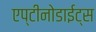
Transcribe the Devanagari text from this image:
एप्टीनोडाईट्स